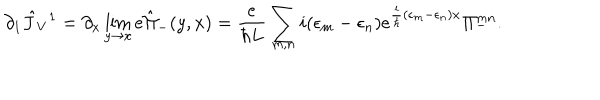
LaTeX: \partial _ { 1 } \hat { J } _ { V } { } ^ { 1 } = \partial _ { x } \lim _ { y \rightarrow x } e \hat { \Pi } _ { - } ( y , x ) = { \frac { e } { \hbar L } } \sum _ { m , n } i ( \epsilon _ { m } - \epsilon _ { n } ) e ^ { { \frac { i } { \hbar } } ( \epsilon _ { m } - \epsilon _ { n } ) x } \Pi _ { - } ^ { m n } .